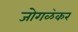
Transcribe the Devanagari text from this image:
जोगळ॓कर